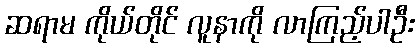
ဆရာမ ကိုယ်တိုင် လူနာကို လာကြည့်ပါဦး